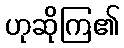
ဟုဆိုကြ၏